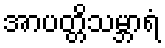
အာပတ္တိသမ္ဘာရံ